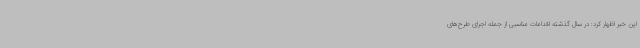
این خبر اظهار کرد: در سال گذشته اقدامات مناسبی از جمله اجرای طرح‌های